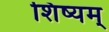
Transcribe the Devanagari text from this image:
शिष्यम्